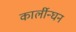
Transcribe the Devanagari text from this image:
कार्लीन्घन